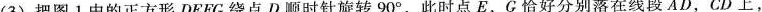
(3)把图1中的正方形DEFC绕点D顺时针旋转90^ { \circ }，此时点E，G恰好分别落在线段AD，CD上，